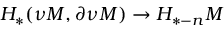
H _ { * } ( \nu M , \partial \nu M ) \to H _ { * - n } M